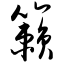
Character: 籁